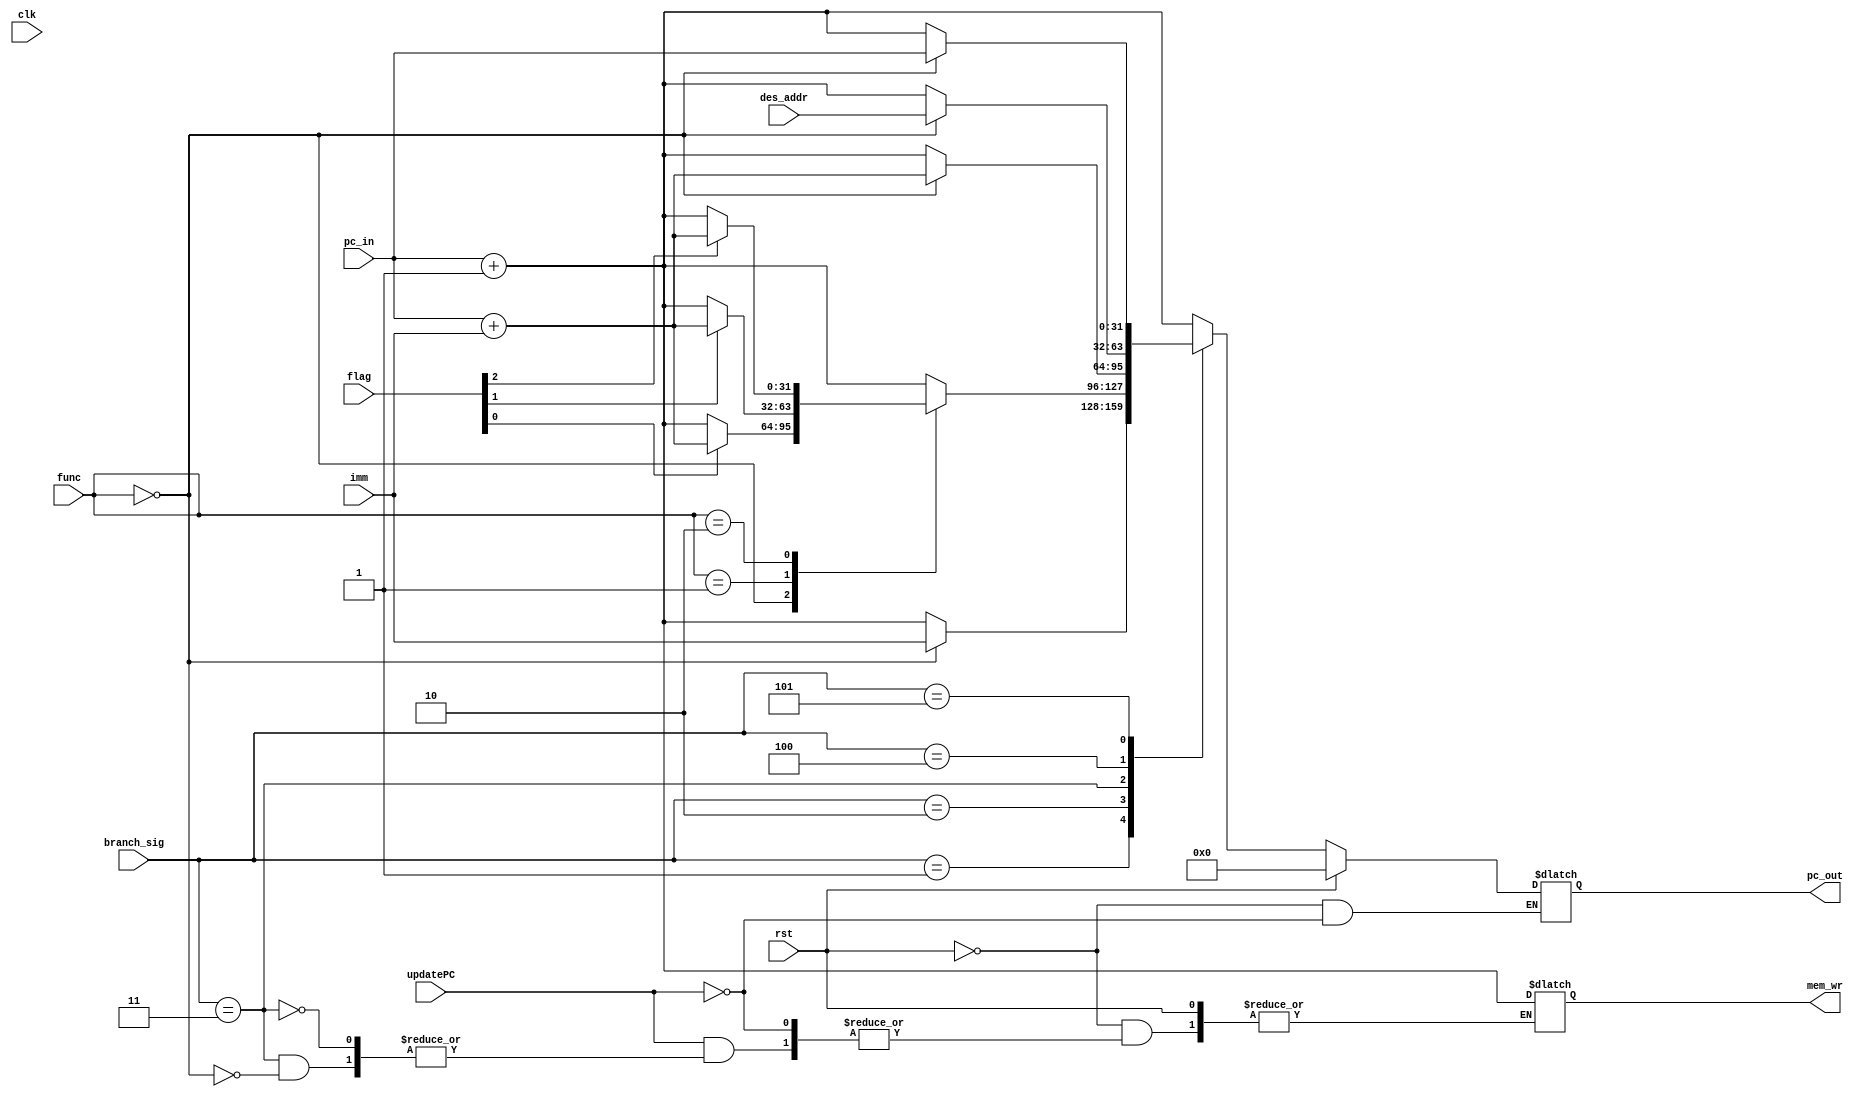
module branch_mod(input updatePC,input [5:0] func,
input [31:0] imm,
input [2:0] flag,
input [31:0] pc_in,
input [31:0] des_addr,
input [2:0] branch_sig,
input clk,
input rst,
output reg [31:0] pc_out,
output reg [31:0] mem_wr);

reg [2:0] old_flag;

always @(posedge clk) begin
    if(rst)
        old_flag <= 0;
    else
        old_flag <= flag;
end

always @(*) begin
    if(rst)
        pc_out <= 32'd0;
    else begin
        if (updatePC == 1'b1) begin
        case(branch_sig)
            3'b001: begin
                case(func)
                    6'b000000: pc_out <= imm;
                    default: begin 
                        pc_out <= pc_in + 32'd1;
                    end
                endcase
            end
            3'b010: begin
                case(func)
                    6'b000000: begin
                        if(flag[0]==1'b1)
                            pc_out <= pc_in + imm;
                        else
                            pc_out <= pc_in + 32'd1;
                    end
                    6'b000001: begin
                        if(flag[1]==1'b1)
                            pc_out <= pc_in + imm;
                        else
                            pc_out <= pc_in + 32'd1;
                    end
                    6'b000010: begin
                        if(flag[2]==1'b1)
                            pc_out <= pc_in + imm;
                        else
                            pc_out <= pc_in + 32'd1;
                    end
                    default: pc_out <= pc_in + 32'd1;
                endcase
            end
            3'b011: begin
                case(func)
                    6'b000000: begin
                        mem_wr <= pc_in + 32'd1;
                        pc_out <= pc_in + imm;
                    end
                    default:pc_out <= pc_in + 32'd1;
                endcase
            end
            3'b100: begin
                case(func)
                    6'b000000: begin 
                        pc_out <= des_addr;
                    end
                    default: pc_out <= pc_in + 32'd1;
                endcase
            end
            3'b101: begin
                case(func)
                    6'b000000: pc_out <= pc_in;
                    default: pc_out <= pc_in + 32'd1;
                endcase
            end
            default:begin  pc_out <= pc_in + 32'd1;
            end
        endcase
        end
    end
end


endmodule